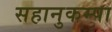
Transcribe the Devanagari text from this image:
सहानुकम्पा